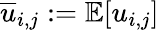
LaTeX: \overline{{u}}_{i,j}:=\mathbb{E}[u_{i,j}]